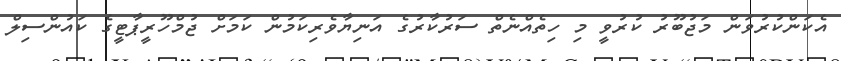
އެކަންކުރުވަން މަޖުބޫރު ކުރުވީ މި ހިތެއްނެތް ސަރުކާރުގެ އަނިޔާވެރިކަމުން ކަމަށް ޖުމްހޫރީޕާޓީގެ ކައުންސިލް